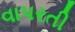
વાપરતી